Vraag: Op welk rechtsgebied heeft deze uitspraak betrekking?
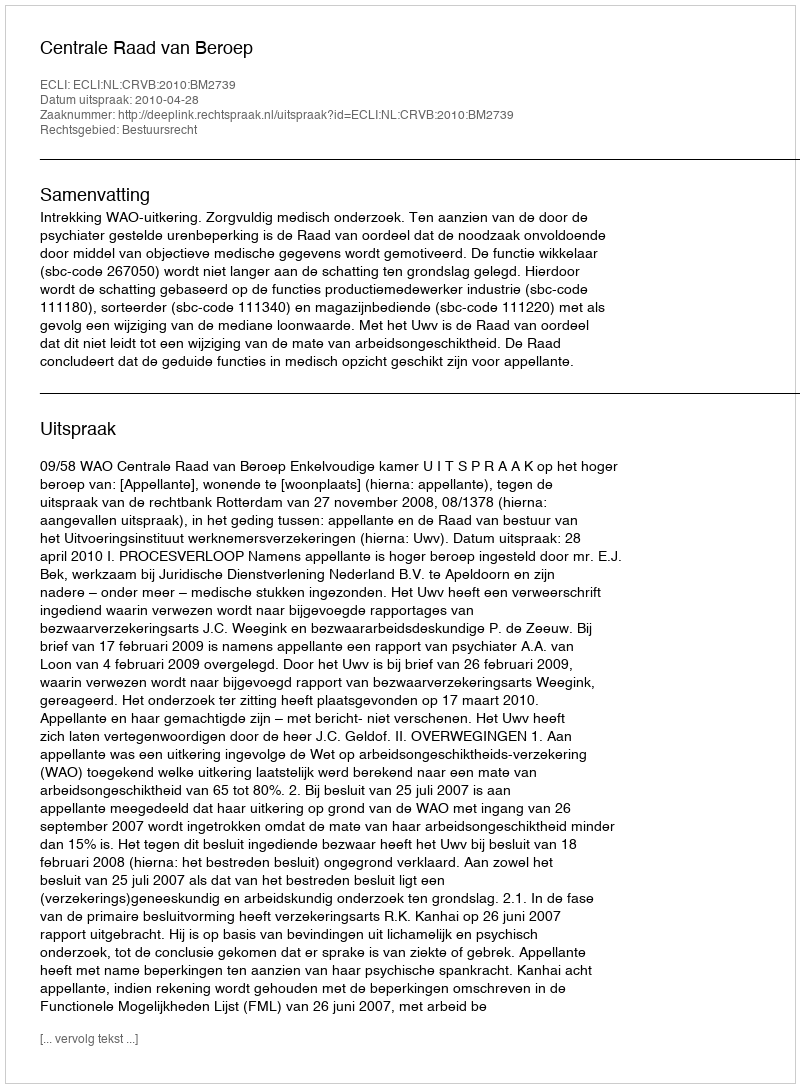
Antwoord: Bestuursrecht